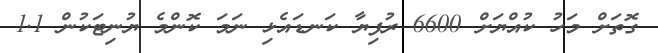
ގޮތަށް މަހު ކުއްޔަށް 6600 ރުފިޔާ ކަނޑައެޅި ނަމަ ކޮންމެ ޔުނިޓަކުން 1.1